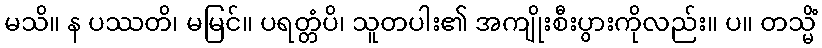
မသိ။ န ပဿတိ၊ မမြင်။ ပရတ္တံပိ၊ သူတပါး၏ အကျိုးစီးပွားကိုလည်း။ ပ။ တသ္မိံ